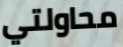
محاولتي